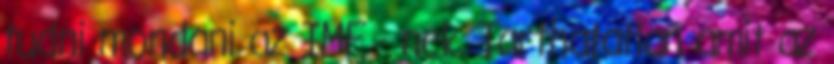
tudni mondani az IMF - nek. Tarthatatlan amit az